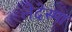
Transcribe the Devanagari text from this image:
लेदेस्मा